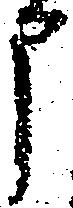
申